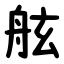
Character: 舷